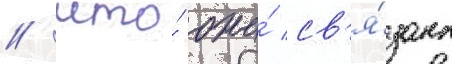
/ что́ она́ св'я́зана